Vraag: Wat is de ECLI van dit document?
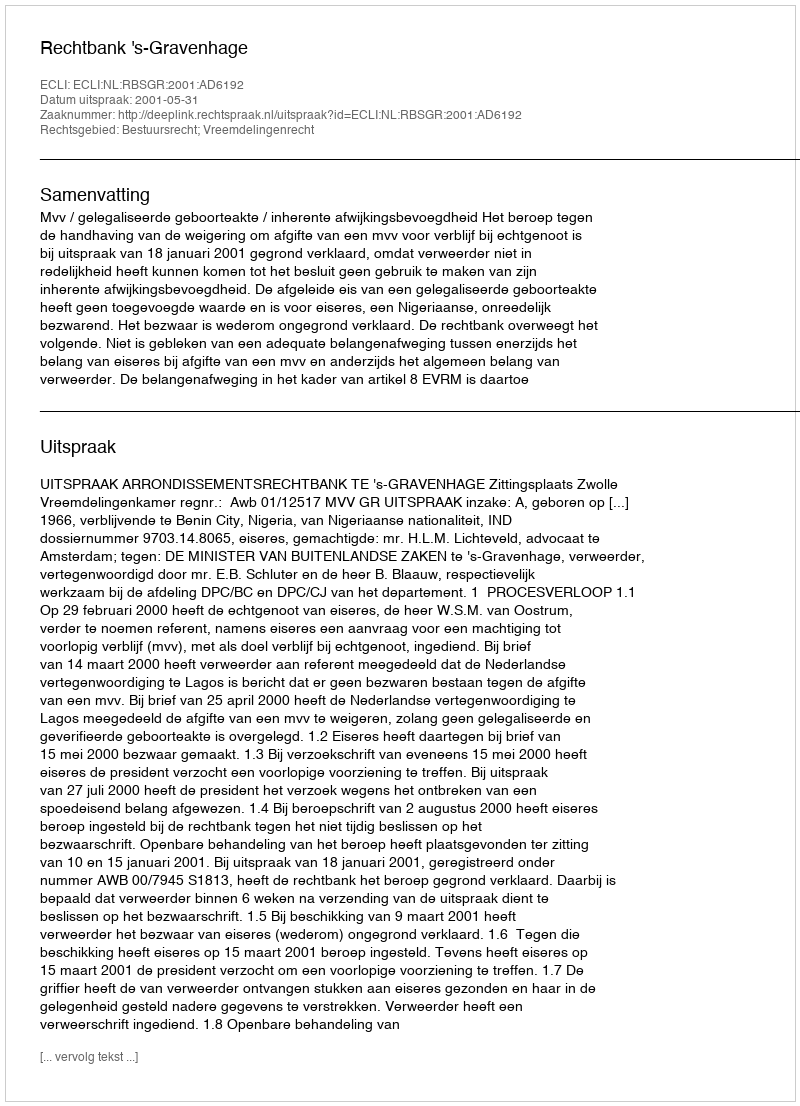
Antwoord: ECLI:NL:RBSGR:2001:AD6192